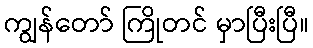
ကျွန်တော် ကြိုတင် မှာပြီးပြီ။